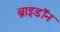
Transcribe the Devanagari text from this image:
ब्राइडॉन